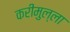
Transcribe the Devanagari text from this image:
करीमुल्ला